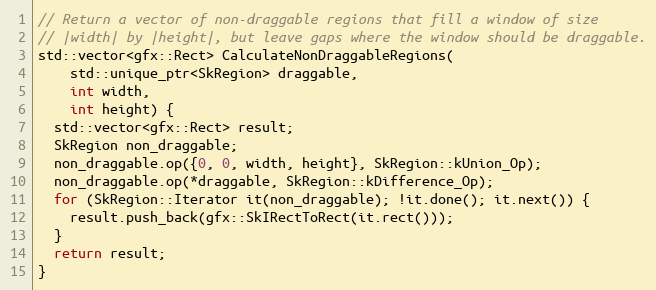
Language: C++
// Return a vector of non-draggable regions that fill a window of size
// |width| by |height|, but leave gaps where the window should be draggable.
std::vector<gfx::Rect> CalculateNonDraggableRegions(
    std::unique_ptr<SkRegion> draggable,
    int width,
    int height) {
  std::vector<gfx::Rect> result;
  SkRegion non_draggable;
  non_draggable.op({0, 0, width, height}, SkRegion::kUnion_Op);
  non_draggable.op(*draggable, SkRegion::kDifference_Op);
  for (SkRegion::Iterator it(non_draggable); !it.done(); it.next()) {
    result.push_back(gfx::SkIRectToRect(it.rect()));
  }
  return result;
}